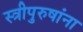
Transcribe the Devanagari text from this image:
स्त्रीपुरुषांना